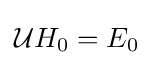
{\mathcal {U}}H_{0}=E_{0}